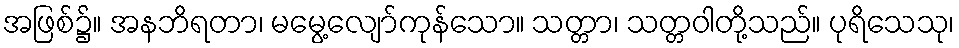
အဖြစ်၌။ အနဘိရတာ၊ မမွေ့လျော်ကုန်သော။ သတ္တာ၊ သတ္တဝါတို့သည်။ ပုရိသေသု၊